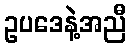
ဥပဒေနဲ့အညီ